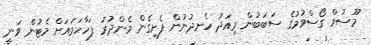
މޫސުމް ގޯސްވުމުގެ ސަބަބުން މިއަދު ހެނދުނުން ފެށިގެން މެންދުރު ފަހާހަމައަށް މެޓުން ވަނީ